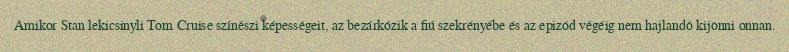
Amikor Stan lekicsinyli Tom Cruise színészi képességeit, az bezárkózik a fiú szekrényébe és az epizód végéig nem hajlandó kijönni onnan.